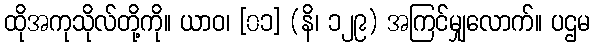
ထိုအကုသိုလ်တို့ကို။ ယာဝ၊ [၀၁] (နိ၊ ၁၂၉) အကြင်မျှလောက်။ ပဌမ